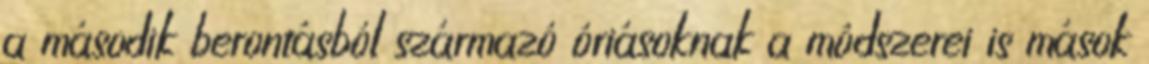
a második berontásból származó óriásoknak a módszerei is mások